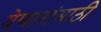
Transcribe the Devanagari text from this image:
येणारांसाठी